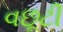
વછૂટી